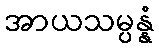
အာယသမ္ပန္နံ